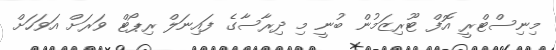
މިނިސްޓްރީ އޮފް ޓޫރިޒަމުން ބުނީ މި ދިރާސާގެ ފައިނަލް ރިޕޯޓް ވަރަށް އަވަހަށް